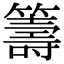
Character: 籌